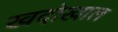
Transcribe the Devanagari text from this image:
खदोखाल